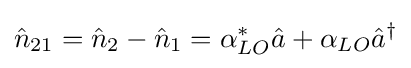
{\hat {n}}_{21}={\hat {n}}_{2}-{\hat {n}}_{1}=\alpha _{LO}^{*}{\hat {a}}+\alpha _{LO}{\hat {a}}^{\dagger }